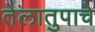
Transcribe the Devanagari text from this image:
तेलातुपाचे